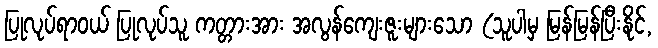
ပြုလုပ်ရာဝယ် ပြုလုပ်သူ ကတ္တားအား အလွန်ကျေးဇူးများသော (သူပါမှ မြန်မြန်ပြီးနိုင်,